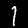
Label: 1